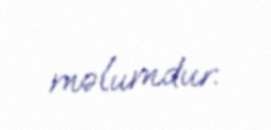
məlumdur.